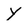
Character: Y